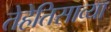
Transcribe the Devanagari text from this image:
तेहेतिसाव्या